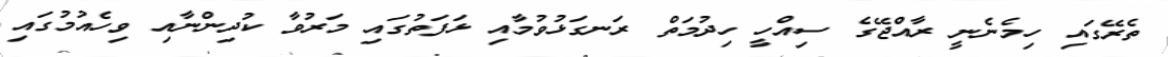
ތެރޭގައި ހިމެނެނީ ރާއްޖޭގެ ސިއްހީ ހިދުމަތް ރަނގަޅުވުމާއި ޅަފަތުގައި މަރުވާ ކުދިންނާއި ވިހެއުމުގައި